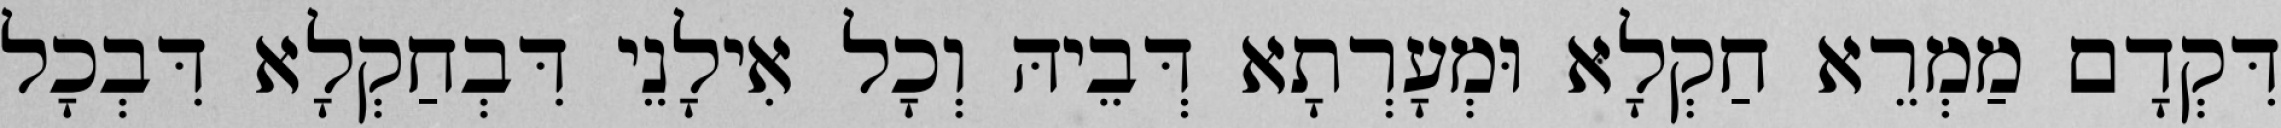
דִּקְדָם מַמְרֵא חַקְלָא וּמְעָרְתָא דְּבֵיהּ וְכָל אִילָנֵי דִּבְחַקְלָא דִּבְכָל